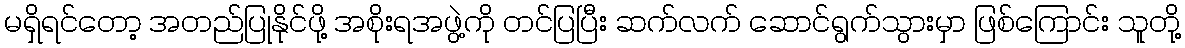
မရှိရင်တော့ အတည်ပြုနိုင်ဖို့ အစိုးရအဖွဲ့ကို တင်ပြပြီး ဆက်လက် ဆောင်ရွက်သွားမှာ ဖြစ်ကြောင်း သူတို့